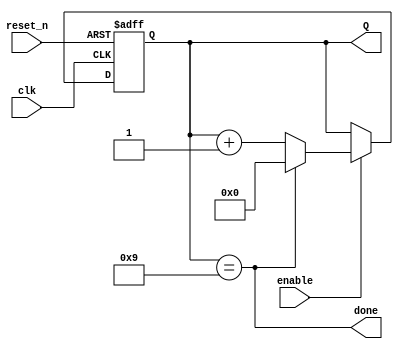
`timescale 1ns / 1ps
//////////////////////////////////////////////////////////////////////////////////
// Company: 
// Engineer: 
// 
// Design Name: 
// Module Name: BCD_counter
// Project Name: 
// Target Devices: 
// Tool Versions: 
// Description: 
// 
// Dependencies: 
// 
// Revision:
// Revision 0.01 - File Created
// Additional Comments:
// 
//////////////////////////////////////////////////////////////////////////////////


module BCD_counter (
    input clk,
    input reset_n,
    input enable,
    output done,
    output [3:0] Q
    );
    
    reg [3:0] Q_reg, Q_next;
    
    always @(posedge clk, negedge reset_n)
    begin
        if (~reset_n)
            Q_reg <= 'b0;
        else if(enable)
            Q_reg <= Q_next;
        else
            Q_reg <= Q_reg;
    end
    
    // Next state logic
    // Hard coded final value
    assign done = Q_reg == 9;

    always @(*)
        Q_next = done? 'b0: Q_reg + 1;
    
    // Output logic
    assign Q = Q_reg;
endmodule